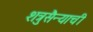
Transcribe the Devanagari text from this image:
शत्रुसैन्याची